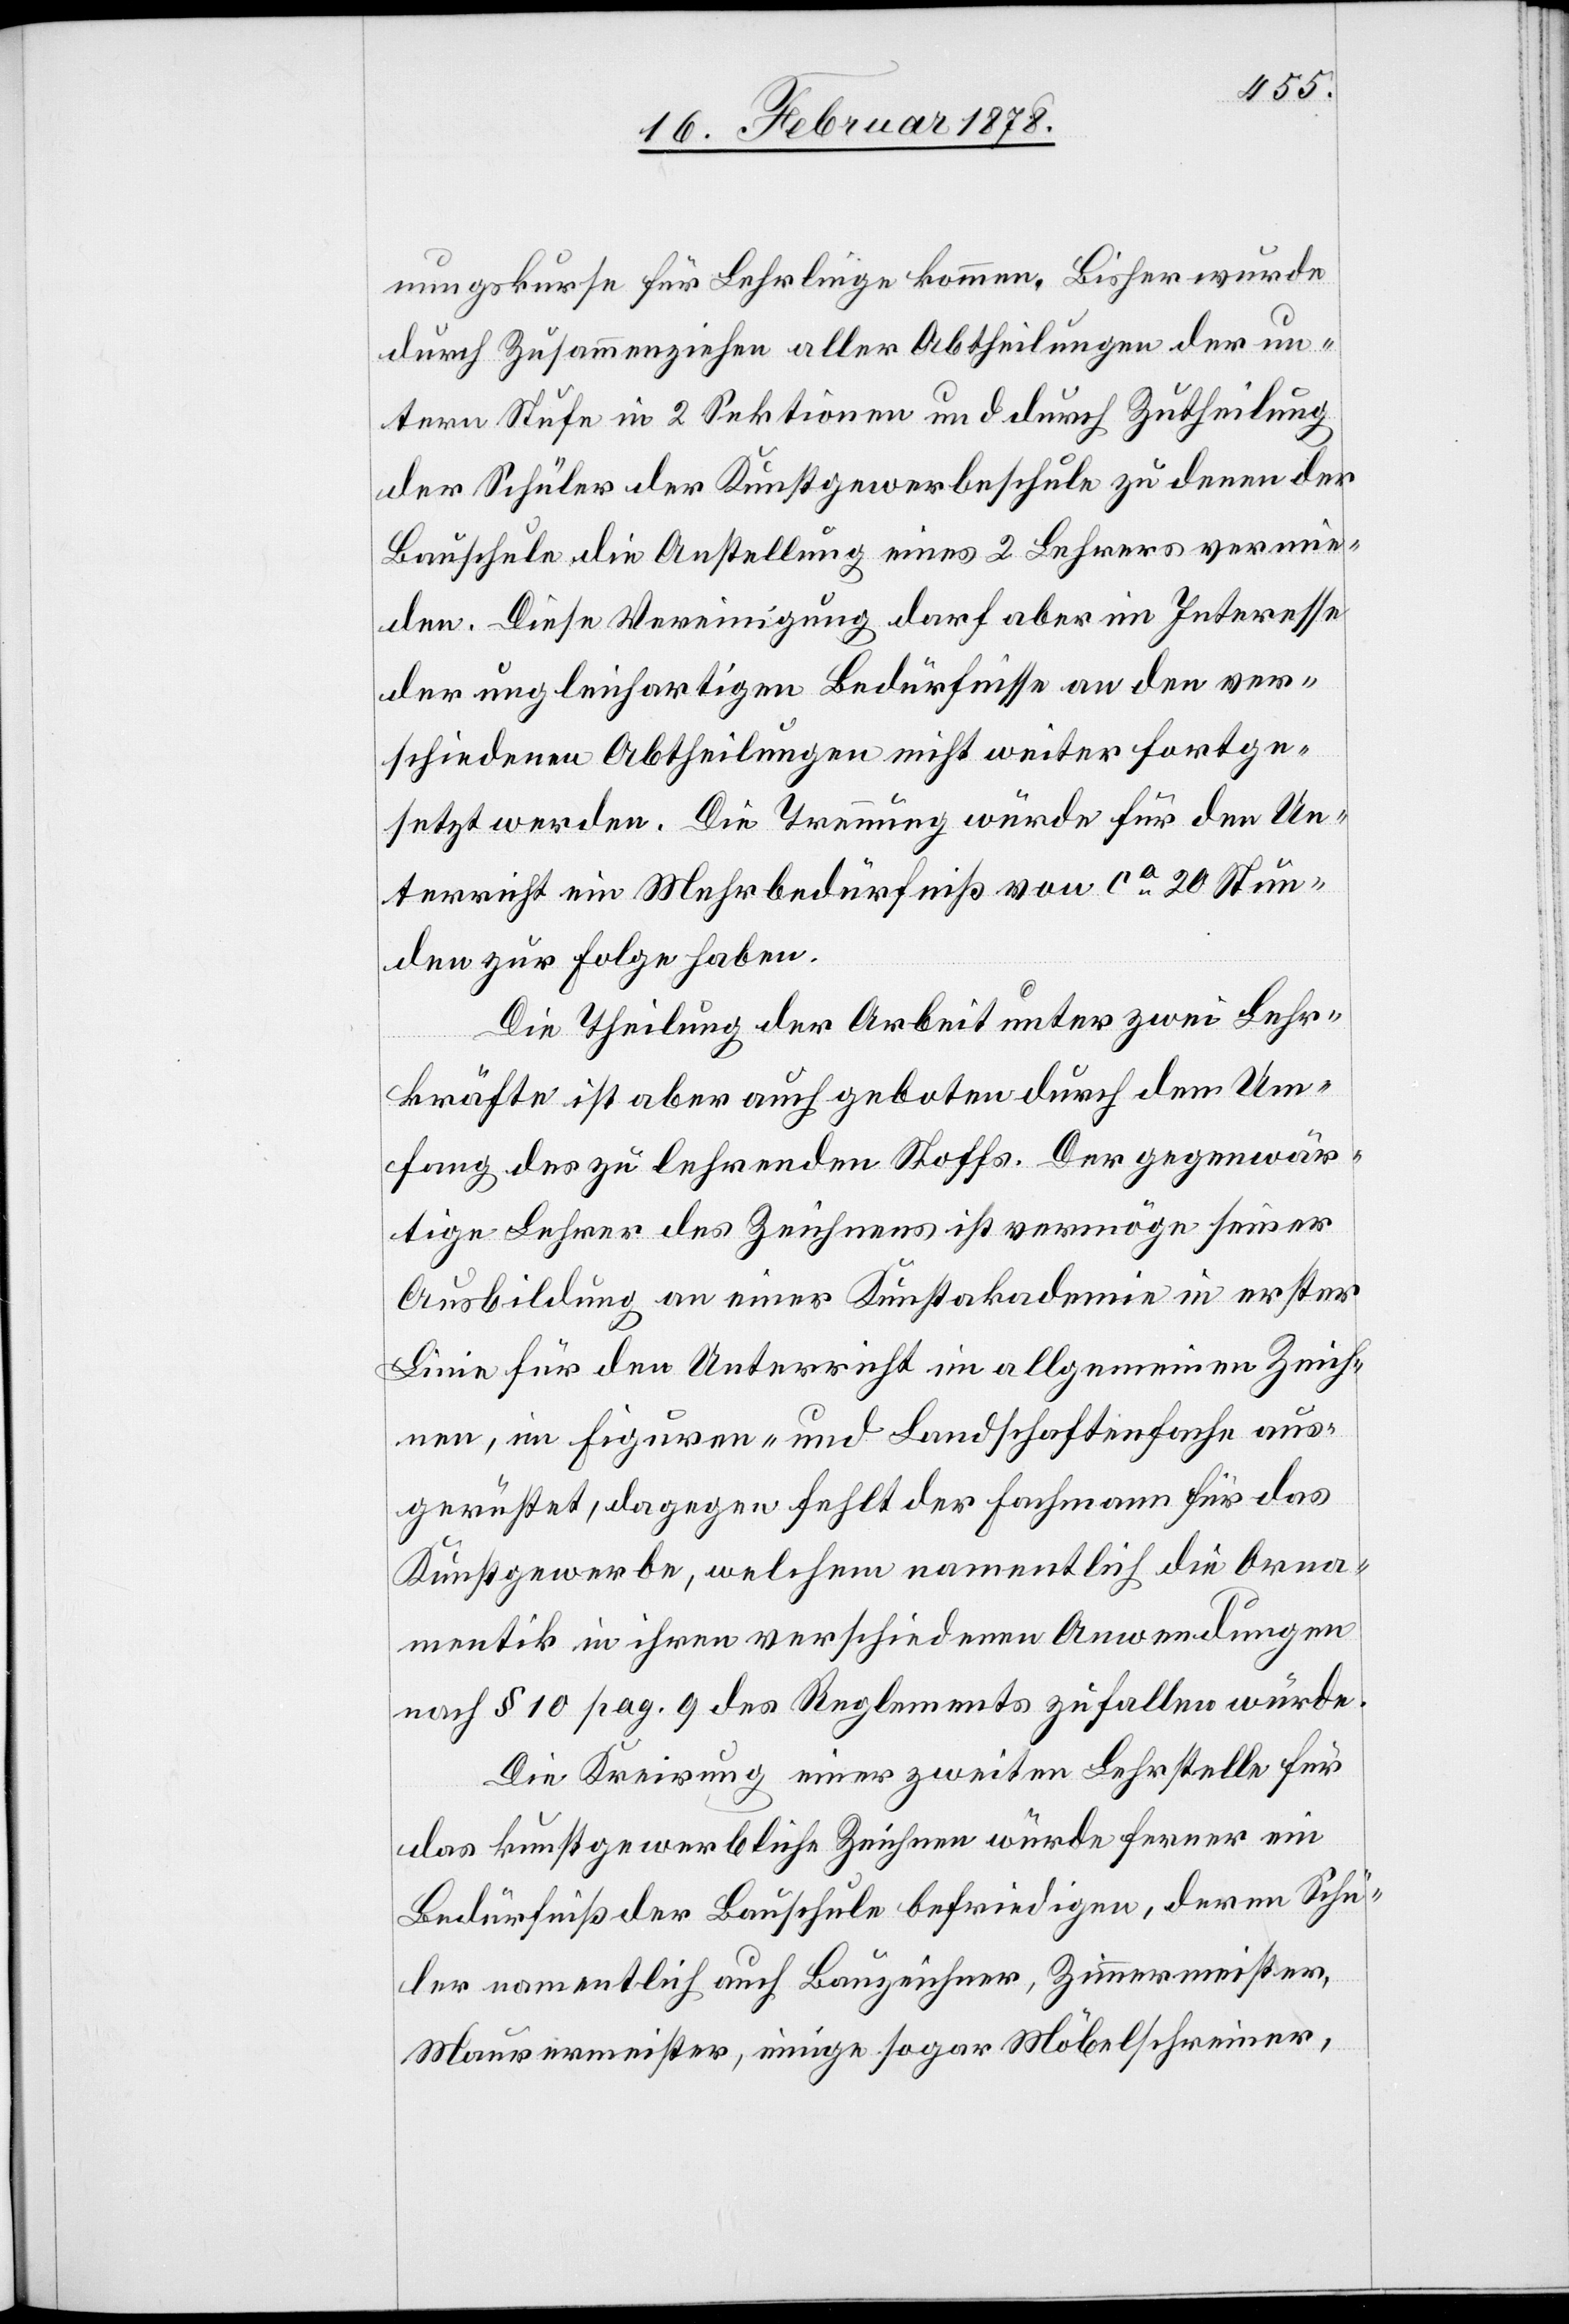
nungskurse für Lehrlinge kommen. Bisher wurde
durch zusammenziehen aller Abtheilungen der un¬
tern Stufe in 2 Sektionen und durch Zutheilung
der Schüler der Kunstgewerbeschule zu denen der
Bauschule die Anstellung eines 2. Lehrers vermie¬
den. Diese Vereinigung darf aber im Interesse
der ungleichartigen Bedürfnisse an den ver¬
schiedenen Abtheilungen nicht weiter fortge¬
setzt werden. Die Trennung würde für den Un¬
terricht ein Mehrbedürfniß von ca 20 Stun¬
den zur Folge haben.
Die Theilung der Arbeit unter zwei Lehr¬
kräfte ist aber auch geboten durch den Um¬
fang des zu lehrenden Stoffs. Der gegenwär¬
tige Lehrer des Zeichnens ist vermöge seiner
Ausbildung an einer Kunstakademie in erster
Linie für den Unterricht im allgemeinen Zeich¬
nen, im Figuren- und Landschaftenfache aus¬
gerüstet, dagegen fehlt der Fachmann für das
Kunstgewerbe, welchem namentlich die Orna¬
mentik in ihren verschiedenen Anwendungen
nach § 10 pag. 9 des Reglements zufallen würde.
Die Kreirung einer zweiten Lehrstelle für
das kunstgewerbliche Zeichnen würde ferner ein
Bedürfniß der Bauschule befriedigen, deren Schü¬
ler namentlich auch Bauzeichner, Zimmermeister,
Maurermeister, einige sogar Möbelschreiner,